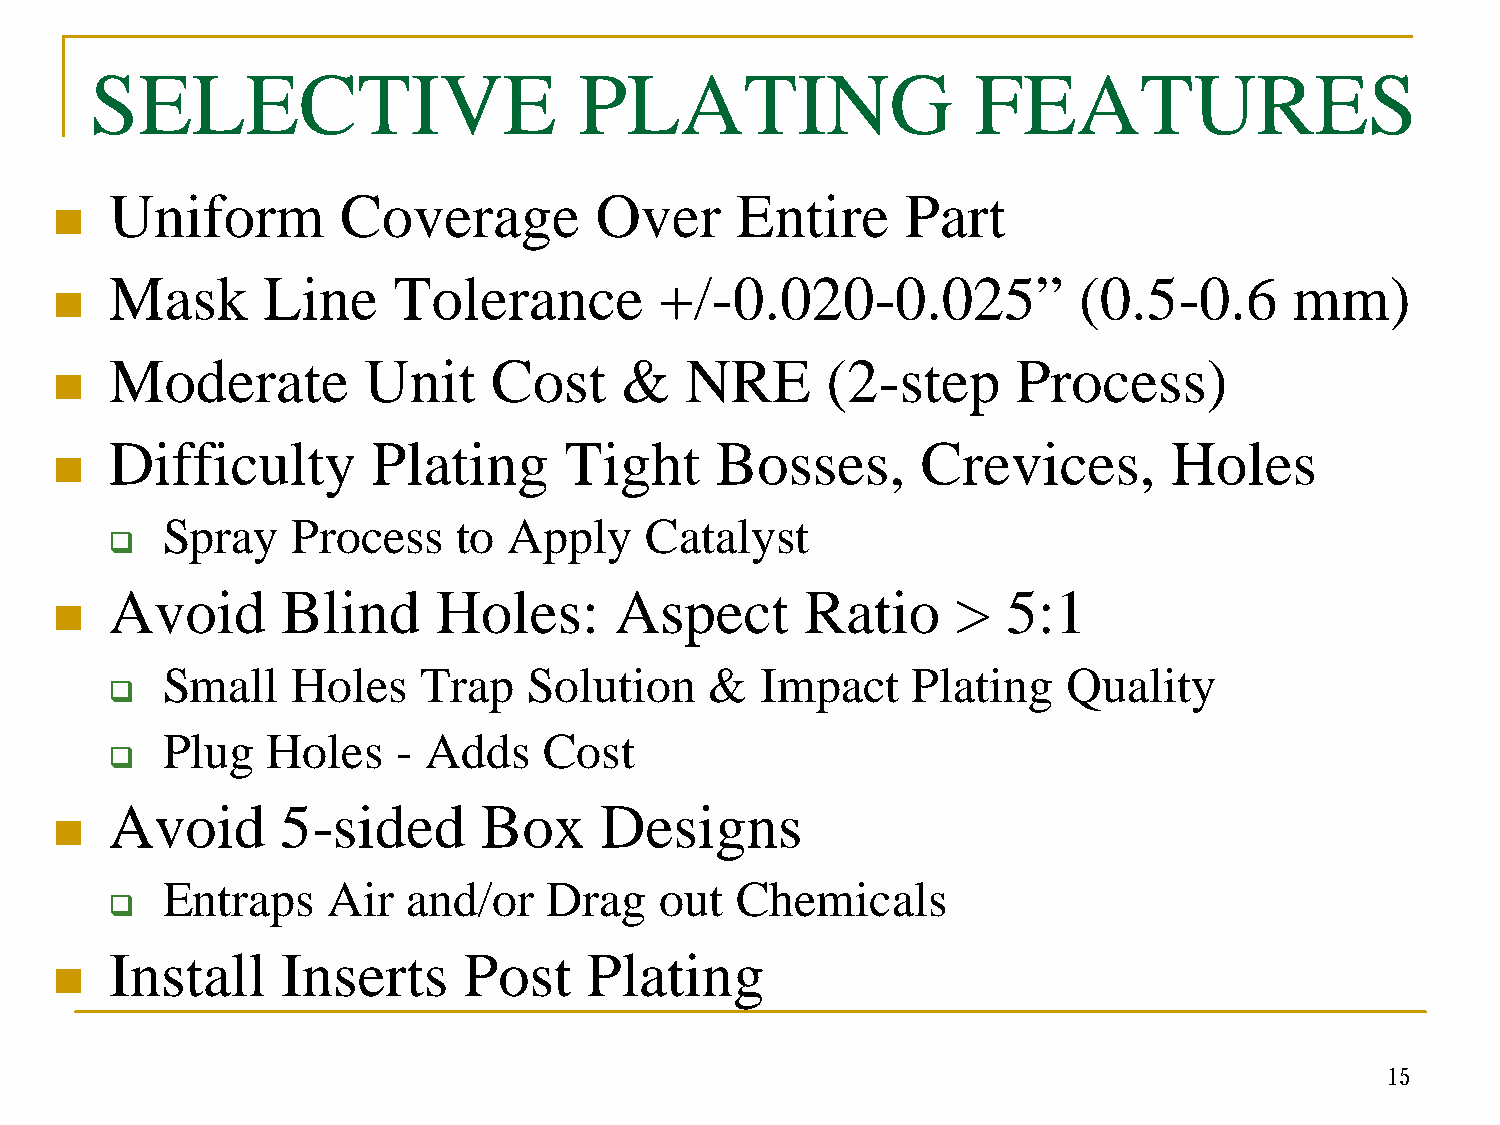
SELECTIVE                       PLATING                   FEATURES
 Uniform        Coverage         Over      Entire     Part
 n
 Mask      Line     Tolerance         +/-0.020-0.025”            (0.5-0.6       mm)
 n
 Moderate         Unit    Cost     &   NRE       (2-step     Process)
 n
 Difficulty        Plating     Tight     Bosses,       Crevices,       Holes
 n
 Spray   Process    to  Apply    Catalyst
 q
 Avoid       Blind     Holes:      Aspect      Ratio     >   5:1
 n
 Small   Holes    Trap   Solution    &  Impact    Plating    Quality
 q
 Plug   Holes   - Adds    Cost
 q
 Avoid       5-sided      Box     Designs
 n
 Entraps    Air  and/or   Drag    out  Chemicals
 q
 Install     Inserts     Post    Plating
 n
 15